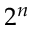
2 ^ { n }